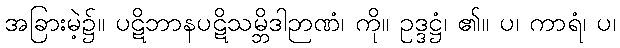
အခြားမဲ့၌။ ပဋိဘာနပဋိသမ္ဘိဒါဉာဏံ၊ ကို။ ဥဒ္ဒဋ္ဌံ၊ ၏။ ပ၊ ကာရံ၊ ပ၊